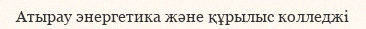
Атырау энергетика және құрылыс колледжі